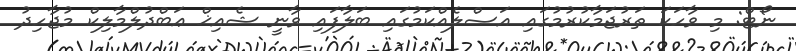
ނޯޓް: މި ވާހަކަ ތަރުޖަމާކުރުމުގައި އަޞްލެއްކަމުގައި ބަލާފައި ވާނީ ޝެއިޚް ޢަބްދުލްމާލިކް މުޖާހިދު